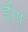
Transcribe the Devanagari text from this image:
ईण्